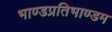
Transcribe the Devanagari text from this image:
भाण्डप्रतिभाण्डम